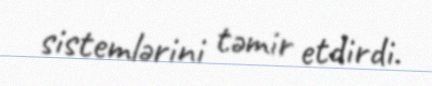
sistemlərini təmir etdirdi.